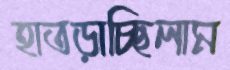
হাতড়াচ্ছিলাম